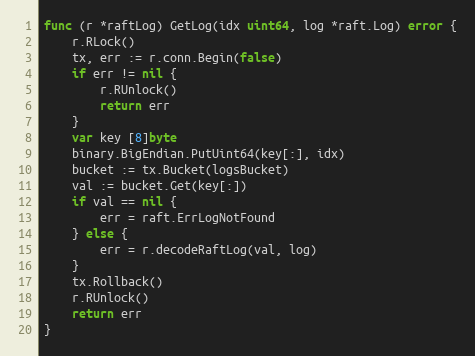
Language: Go
func (r *raftLog) GetLog(idx uint64, log *raft.Log) error {
	r.RLock()
	tx, err := r.conn.Begin(false)
	if err != nil {
		r.RUnlock()
		return err
	}
	var key [8]byte
	binary.BigEndian.PutUint64(key[:], idx)
	bucket := tx.Bucket(logsBucket)
	val := bucket.Get(key[:])
	if val == nil {
		err = raft.ErrLogNotFound
	} else {
		err = r.decodeRaftLog(val, log)
	}
	tx.Rollback()
	r.RUnlock()
	return err
}